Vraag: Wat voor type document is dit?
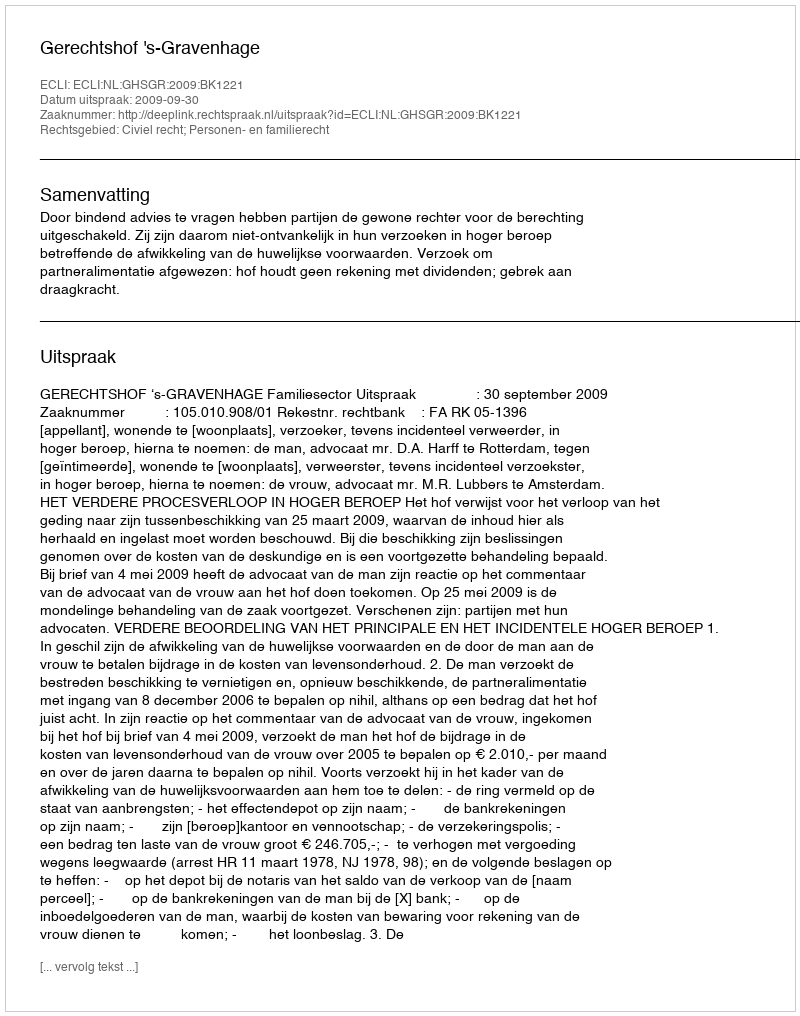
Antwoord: Uitspraak